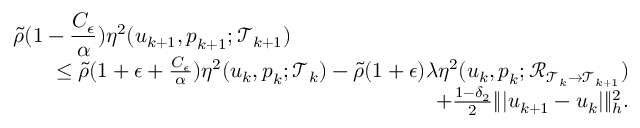
\begin{array} { r l r } { \lefteqn { \widetilde { \rho } ( 1 - \frac { C _ { \epsilon } } { \alpha } ) \eta ^ { 2 } ( \boldsymbol { u } _ { k + 1 } , \boldsymbol { p } _ { k + 1 } ; \mathcal { T } _ { k + 1 } ) } } \\ & { } & { \leq \widetilde { \rho } ( 1 + \epsilon + \frac { C _ { \epsilon } } { \alpha } ) \eta ^ { 2 } ( \boldsymbol { u } _ { k } , \boldsymbol { p } _ { k } ; \mathcal { T } _ { k } ) - \widetilde { \rho } ( 1 + \epsilon ) \lambda \eta ^ { 2 } ( \boldsymbol { u } _ { k } , \boldsymbol { p } _ { k } ; \mathcal { R } _ { \mathcal { T } _ { k } \rightarrow \mathcal { T } _ { k + 1 } } ) } \\ & { } & { \quad + \frac { 1 - \delta _ { 2 } } { 2 } \| \vert \boldsymbol { u } _ { k + 1 } - \boldsymbol { u } _ { k } \vert \| _ { h } ^ { 2 } . } \end{array}